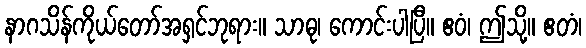
နာဂသိန်ကိုယ်တော်အရှင်ဘုရား။ သာဓု၊ ကောင်းပါပြီ။ ဧဝံ၊ ဤသို့။ ဧတံ၊